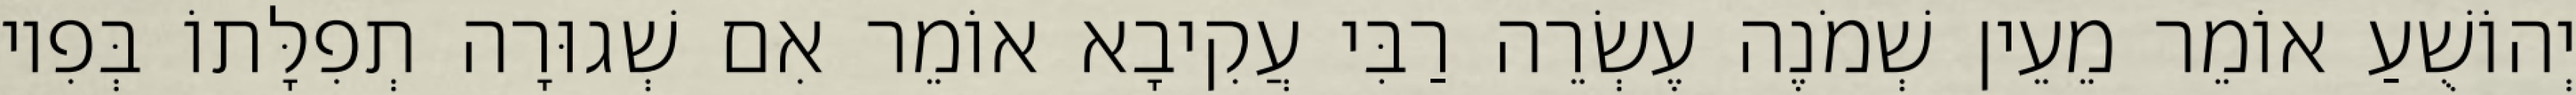
יְהוֹשֻׁעַ אוֹמֵר מֵעֵין שְׁמֹנֶה עֶשְׂרֵה רַבִּי עֲקִיבָא אוֹמֵר אִם שְׁגוּרָה תְפִלָּתוֹ בְּפִיו